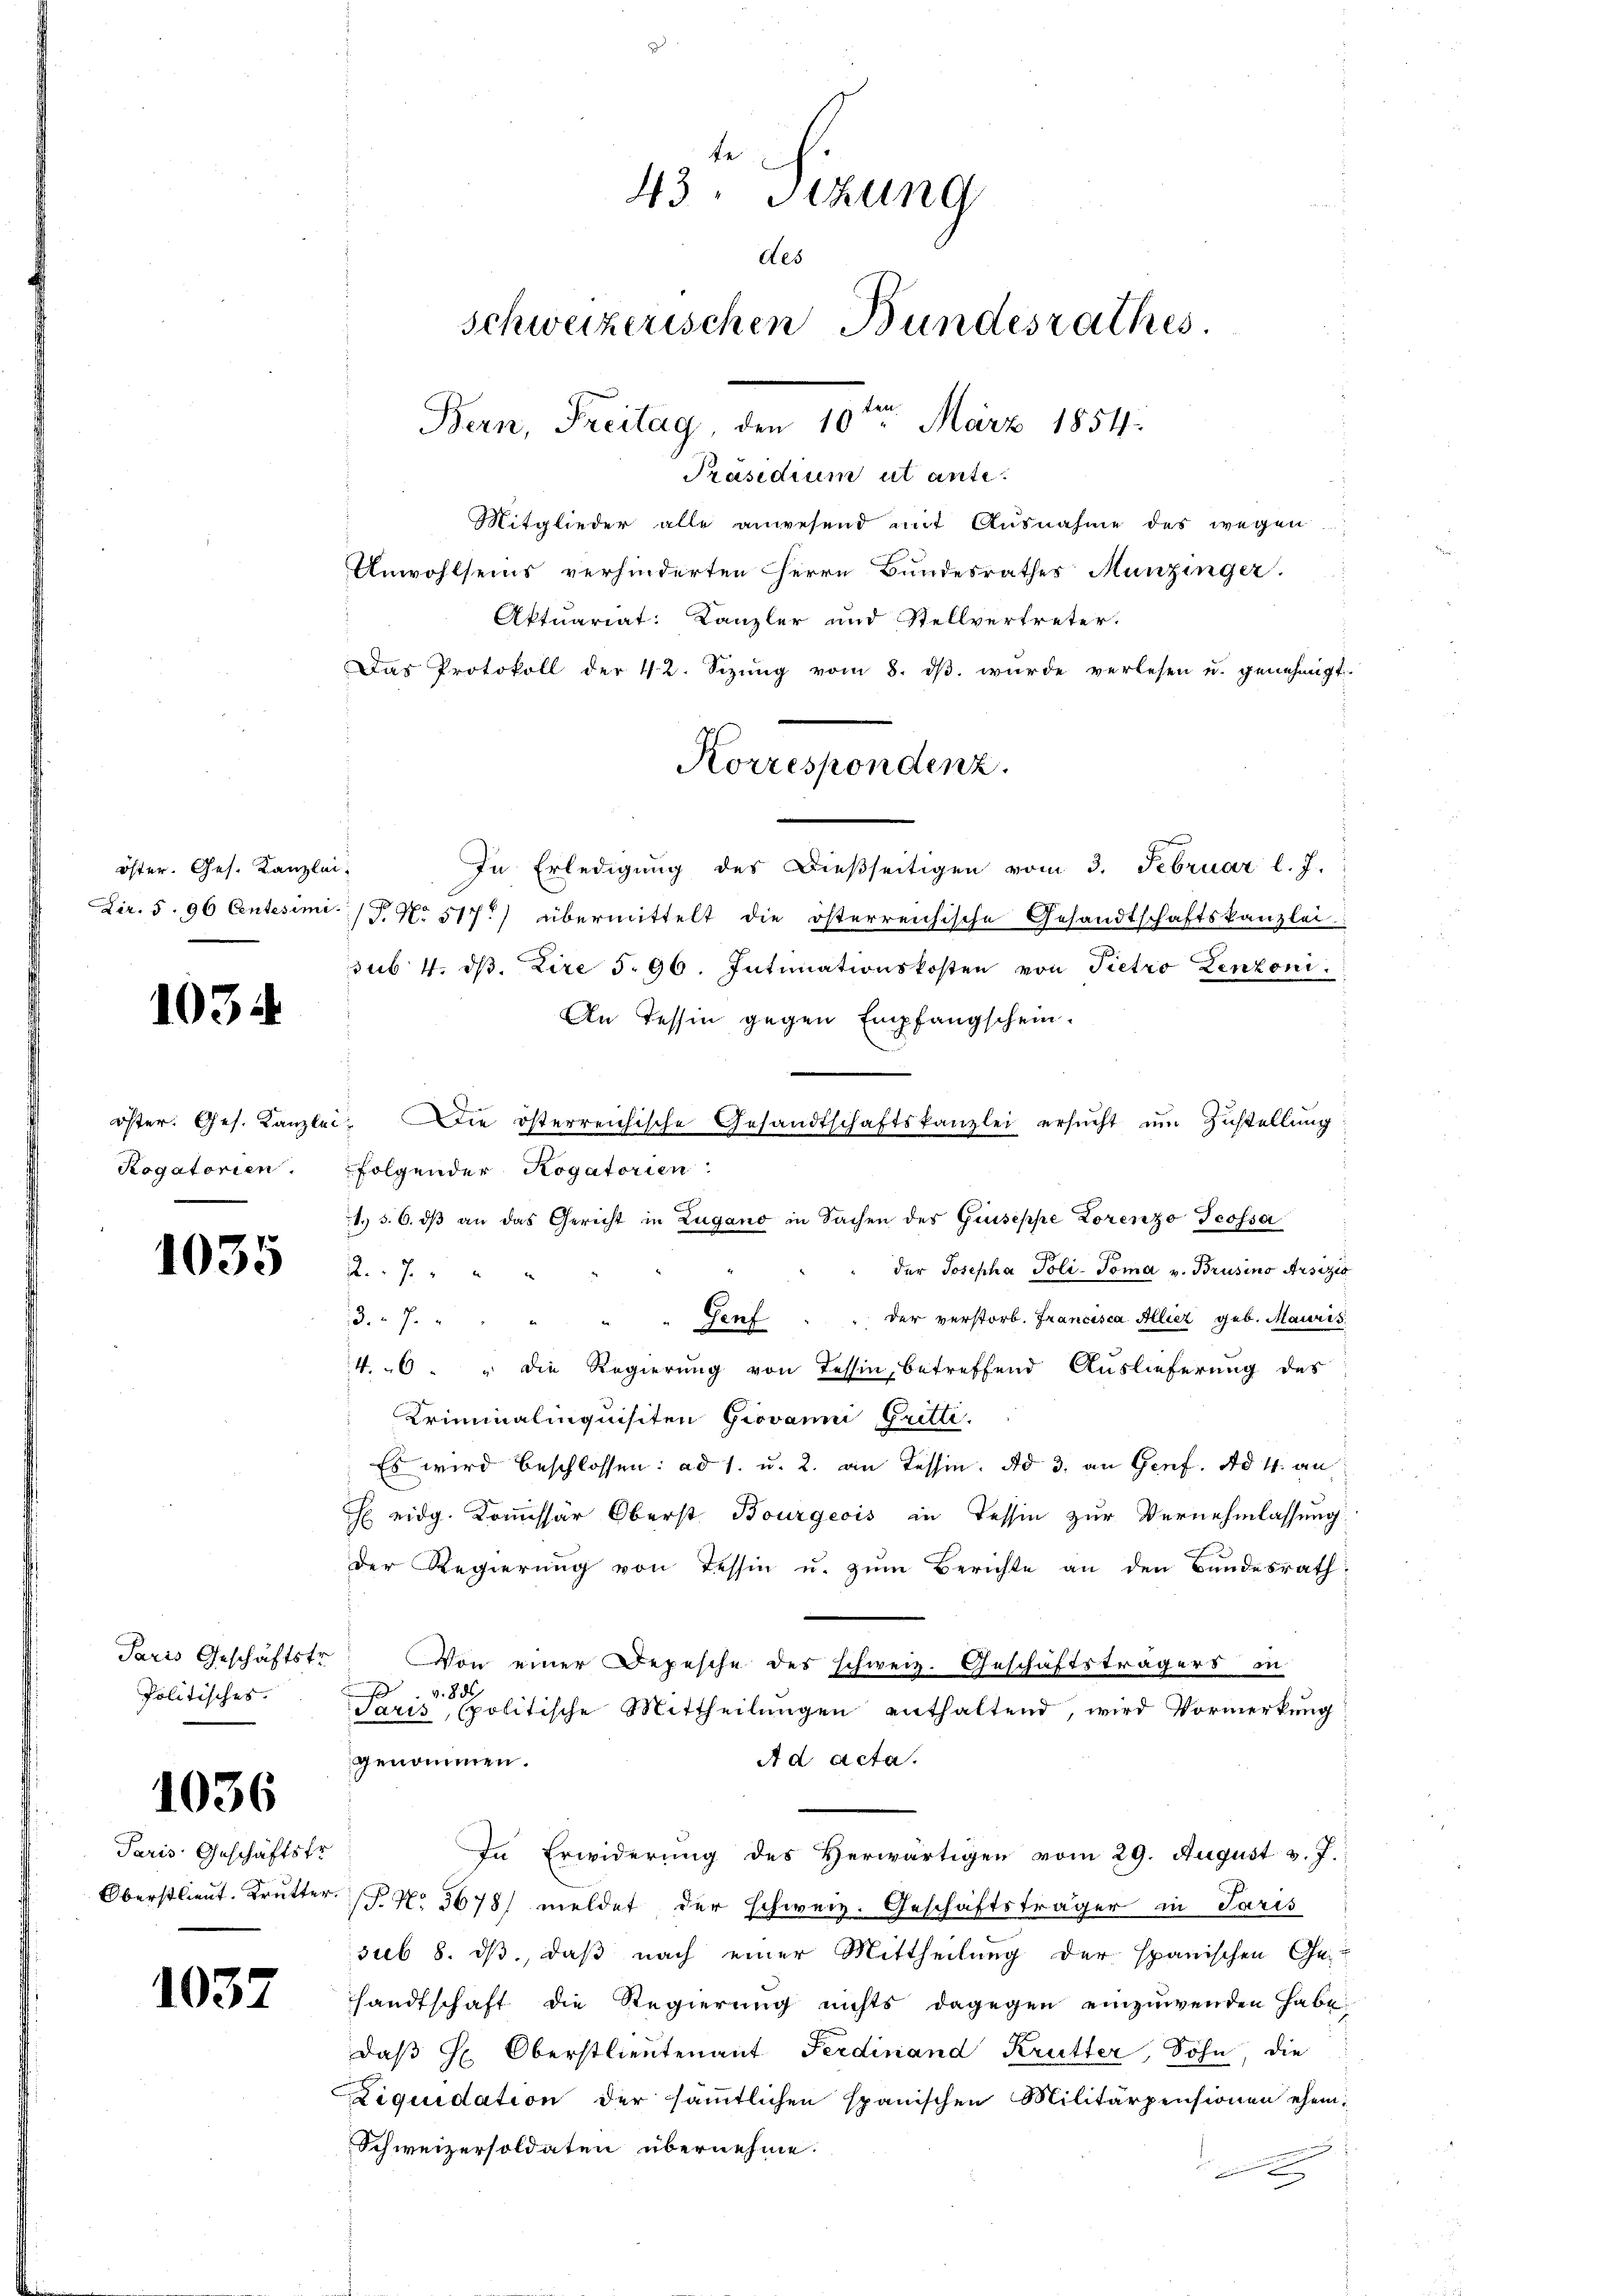
öster. Ges. Kanzlei.

1034

Rogatorien.

1035

Paris Geschäftstr.
Politisches.

1036

Paris Geschäftstr.

1037

43. Sizung
des
schweizerischen Bundesrathes.
Bern, Freitag, den 10ten März 1854.

Präsidium et ante.
Mitglieder alle anwesend mit Ausnahme des wegen
Unwohlseins verhinderten Herrn Bundesrathes Munzinger.
Aktuariat: Kanzler und Stellvertreter.
Das Protokoll der 42. Sizung vom 8. dβ wurde verlesen u. genehmigt.
In Erledigung des Dießseitigen vom 3. Februar l. J.
Lir. 5. 96 Centesimi./ P. No 517.) übermittelt die österreichische Gesandtschaftskanzlei
sub. 4. dβ. Lire 5. 96. Intimationskosten von Pietro Zenzoni
An Tessin gegen Empfangschein.
öster. Ges. Kanzlei. Die österreichische Gesandtschaftskanzlei ersŭcht ŭm Zŭstellŭng
folgender Rogatorien:
1.) S. 6. dβ an das Gericht in Zugano in Sachen des Guseppe Lorenzo Teossa
der Josepha Poli-Toma v. Brusino Arsizio
R. 7
3.7.
Genf . . der verstorb. Francisca Allicz geb. Mauris
A
46. " die Regierung von Tessin, betreffend Auslieferung des
Kriminalinquisiten Giovanni Gritli.
Es wird beschlossen: ad 1. u. 2. an Tessin. Ad 3. an Genf. ad 4. an
H eidg. Kommissär Oberst Bourgeois in Tessin zur Vernehmlassung
der Regierŭng von Tessin u. zŭm Berichte an den Bundesrath
Von einer Depesche des schweiz. Geschäftsträgers in
v. 855
Paris, politische Mittheilŭngen enthaltend, wird Vormerkŭng
Ad Acta.
genommen.
In Erwiderung des Herwärtigen vom 29. August v. J.
Oberstlieut. Trutter.  No 5678) meldet der schweiz. Geschäftsträger in Paris
sub 8. ds., daß nach einer Mittheilung der spanischen Ge-
handtschaft die Regierung nichts dagegen einzuwenden habe.
daβ H. Oberstlieutenant Ferdinand Krutter, Sohn, die
Liquidation der sämmtlichen spanischen Militärpensionen ehem
Schweizersoldaten übernehme.
2

Korrespondenz.